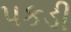
પકડી